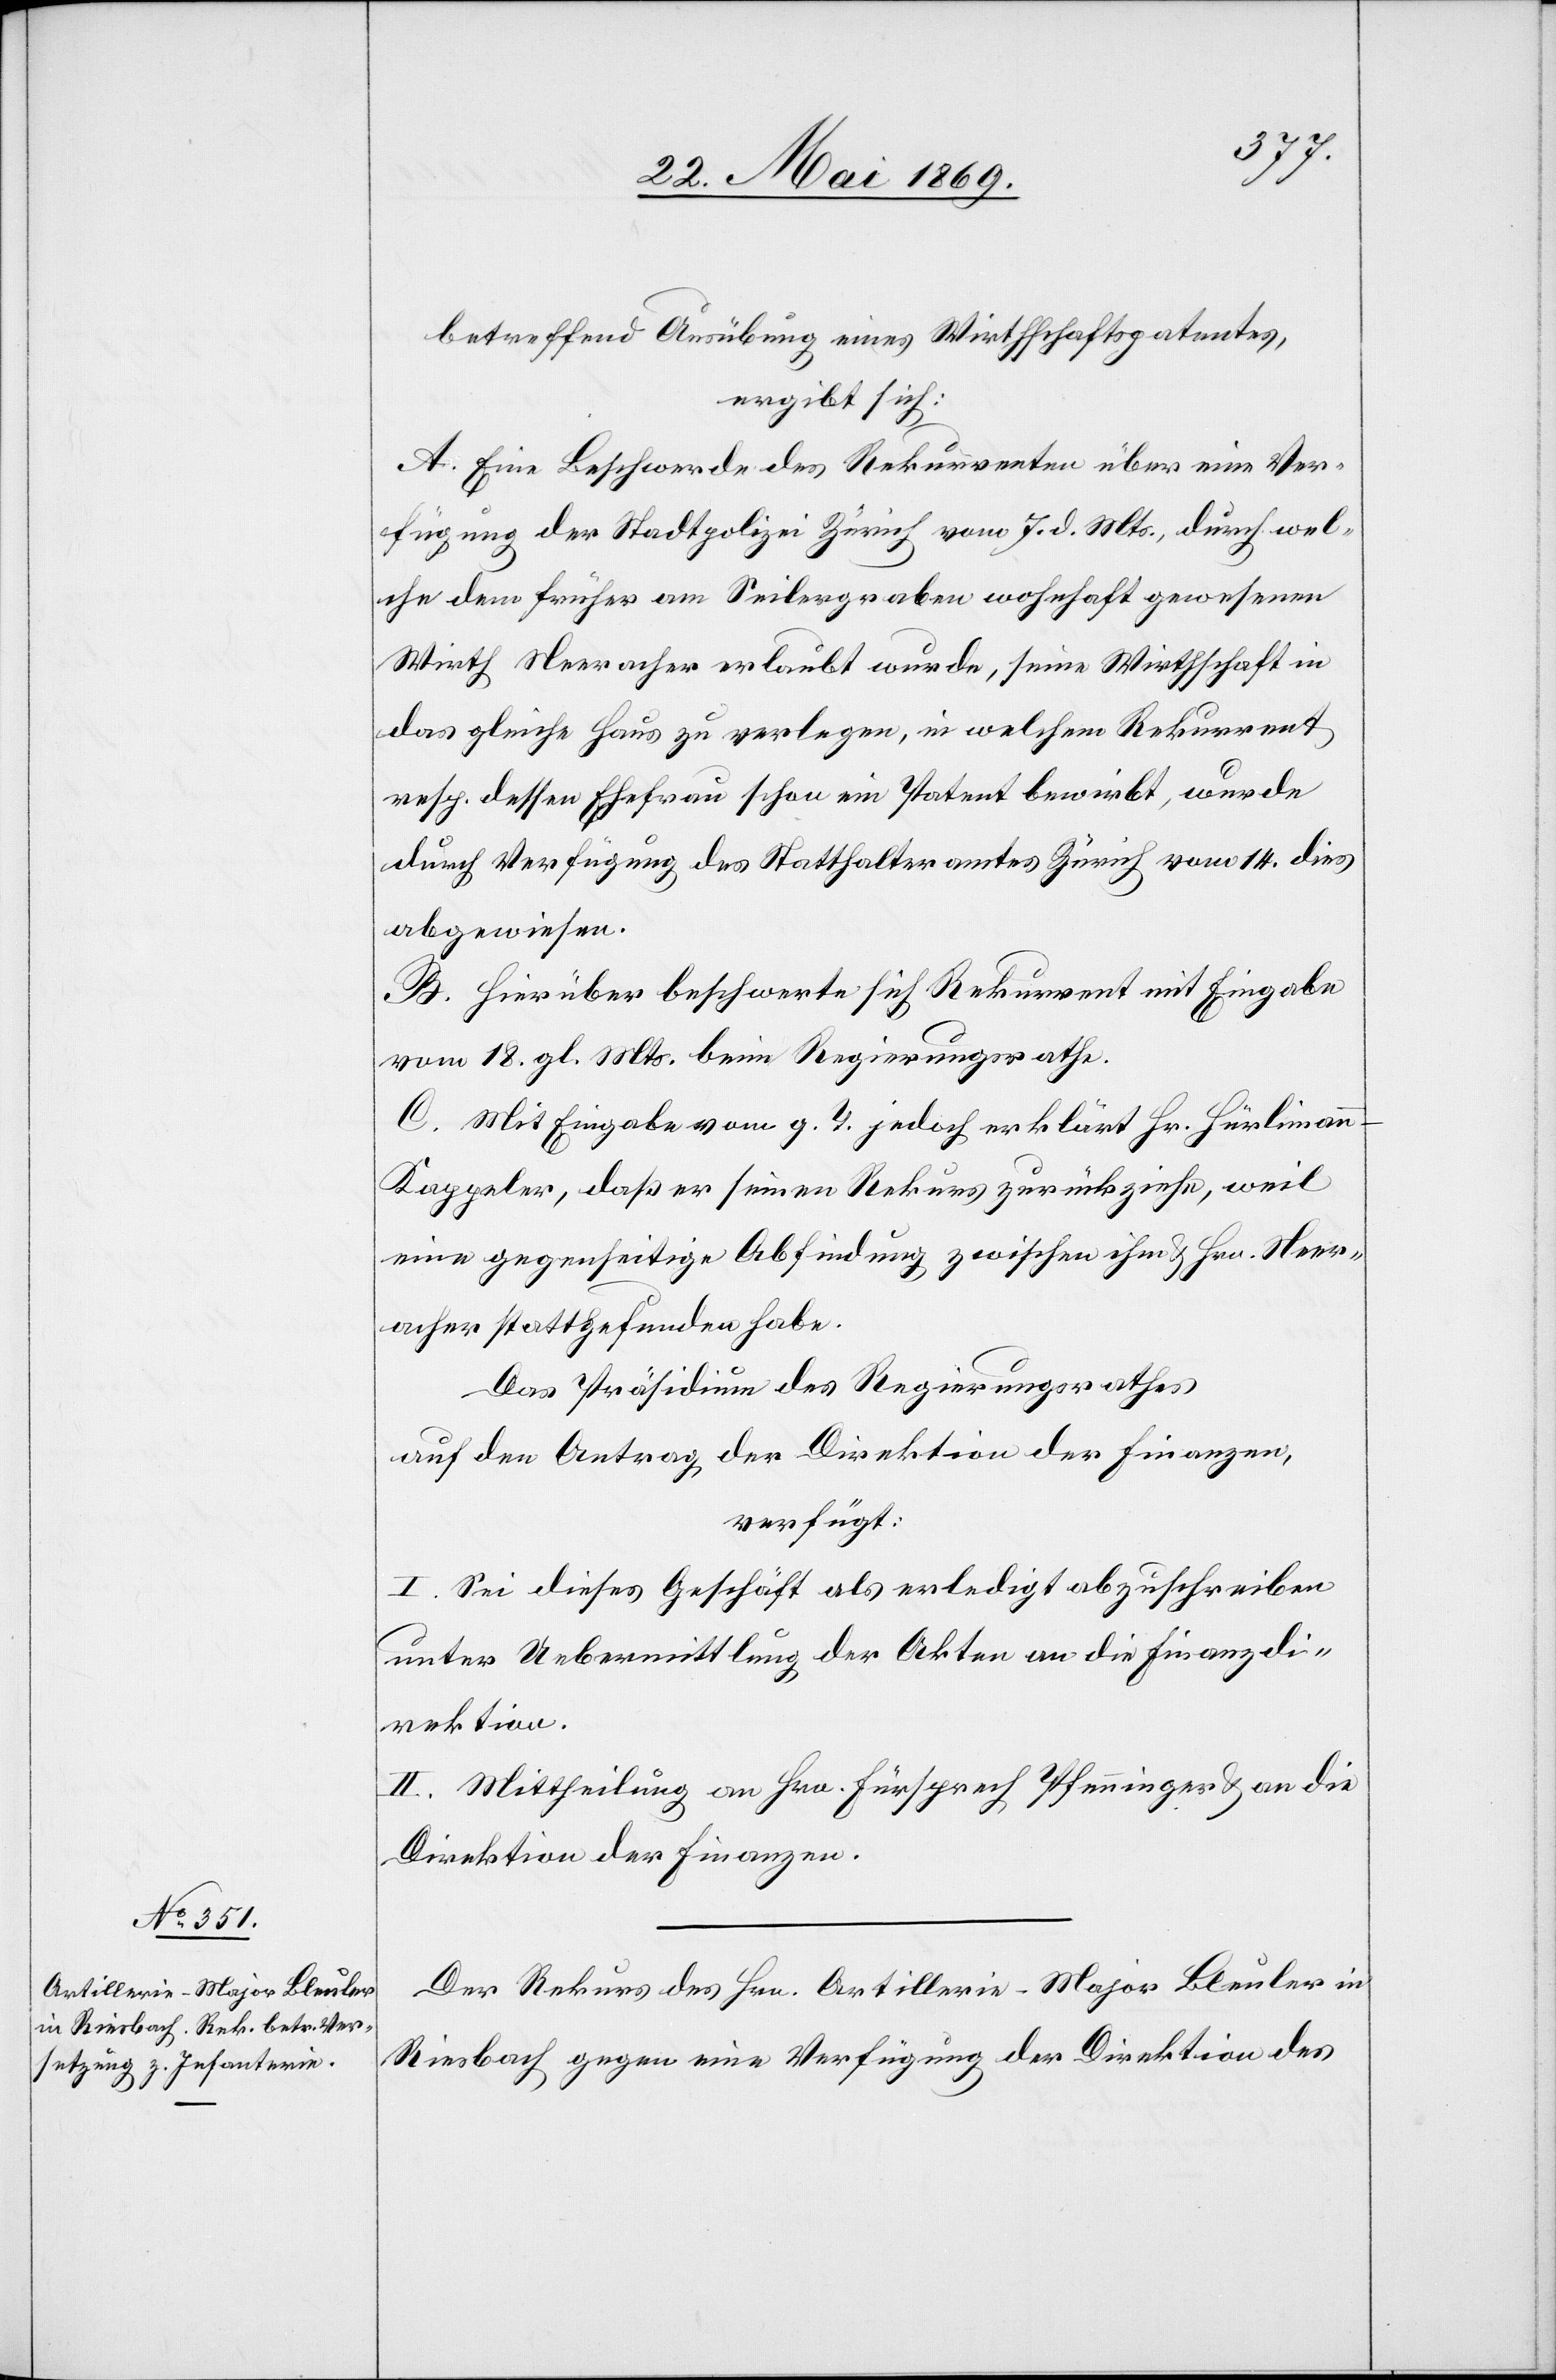
26. Mai 1869.]
betreffend Ausübung eines Wirthschaftspatentes,
ergibt sich:
A. Eine Beschwerde des Rekurrenten über eine Ver¬
fügung der Stadtpolizei Zürich vom 7. d. Mts., durch wel¬
che dem früher am Seilergraben wohnhaft gewesenen
Wirth Neeracher erlaubt wurde, seine Wirthschaft in
das gleiche Haus zu verlegen, in welchem Rekurrent
resp. dessen Ehefrau schon ein Patent bewirbt, wurde
durch Verfügung des Statthalteramtes Zürich vom 14. dies
abgewiesen.
B. Hierüber beschwert sich Rekurrent mit Eingabe
vom 18. gl. Mts. beim Regierungsrathe.
Mit Eingabe vom g. T. jedoch erklärt Hr. Hürliman¬
n-Kappeler, daß er seinen Rekurs zurückziehe, weil
eine gegenseitige Abfindung zwischen ihm u. Hrn. Neer¬
acher stattgefunden habe.
Das Präsidium des Regierungsrathes
auf den Antrag der Direktion der Finanzen,
verfügt:
I. Sei dieses Geschäft als erledigt abzuschreiben
unter Uebermittlung der Akten an die Finanzdi¬
rektion.
II. Mittheilung an Hrn. Fürsprech Pfenninger u. an die
Direktion der Finanzen.
Der Rekurs des Hrn. Artillerie-Major Bleuler in
Riesbach gegen eine Verfügung der Direktion